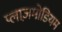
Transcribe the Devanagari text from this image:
प्लाज़मोडियम